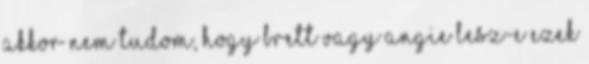
akkor nem tudom, hogy Brett vagy Angie lesz-e ezek